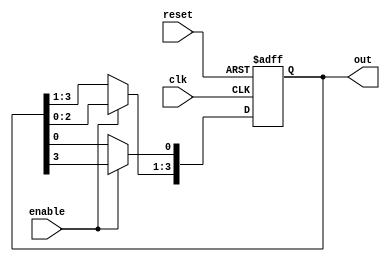
module ring_counter #(
    parameter N = 4  // Number of stages (flip-flops)
) (
    input wire clk,       // Clock input
    input wire reset,     // Active high reset
    input wire enable,    // Enable signal
    output reg [N-1:0] out // Output register
);

    // Internal variable for stage index
    integer i;

    always @(posedge clk or posedge reset) begin
        if (reset) begin
            // Initialize the counter: set the first flip-flop high and others low
            out <= 1'b1; // 1 on the first stage
        end
        else if (enable) begin
            // Shift the '1' to the next flip-flop in circular fashion
            out <= {out[N-2:0], out[N-1]}; // Rotate right the output pattern
            out[0] <= out[N-1]; // Feed back the last output to the first position
        end
    end

endmodule